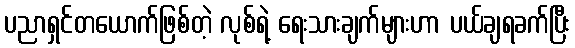
ပညာရှင်တယောက်ဖြစ်တဲ့ လုစ်ရဲ့ ရေးသားချက်များဟာ ပယ်ချရခက်ပြီး